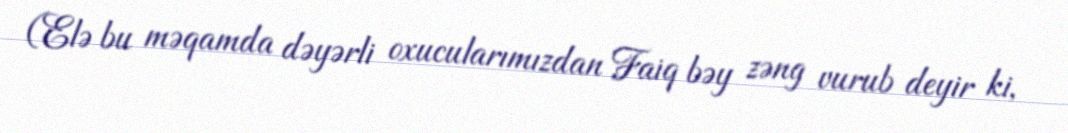
(Elə bu məqamda dəyərli oxucularımızdan Faiq bəy zəng vurub deyir ki,